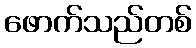
ဖောက်သည်တစ်